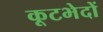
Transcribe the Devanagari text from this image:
कूटभेदों